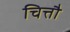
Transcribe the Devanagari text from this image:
चित्तौ